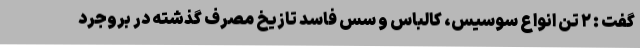
گفت : ۲ تن انواع سوسیس، کالباس و سس فاسد تازیخ مصرف گذشته در بروجرد